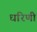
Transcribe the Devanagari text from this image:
धरिणी